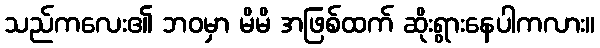
သည်ကလေး၏ ဘဝမှာ မိမိ အဖြစ်ထက် ဆိုးရွားနေပါကလား။